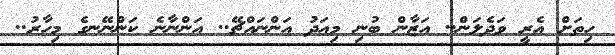
ހިތަށް އެރީ ވަދެލަން.. އަޒާން ބުނި މިއަދު އަންނައްޗޭ.. އަންނާނެ ކަންނޭނގެ މިހާރު..